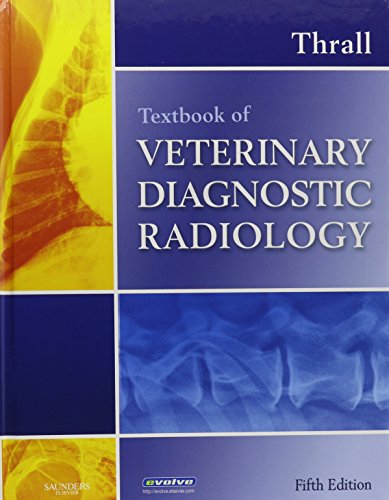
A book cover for Textbook of Veterinary Diagnostic Radiology - Text and VETERINARY CONSULT Package, 5e; Donald E. Thrall DVM  PhD  DACVR; Medical Books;